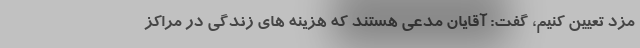
مزد تعیین کنیم، گفت: آقایان مدعی هستند که هزینه های زندگی در مراکز